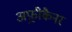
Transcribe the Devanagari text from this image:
अफ़्रीकैनर